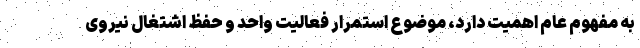
به مفهوم عام اهمیت دارد، موضوع استمرار فعالیت واحد و حفظ اشتغال نیروی